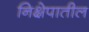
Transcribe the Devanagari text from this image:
निक्षेपातील